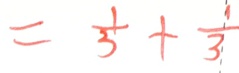
= \frac { 1 } { 3 } + \frac { 1 } { 3 }